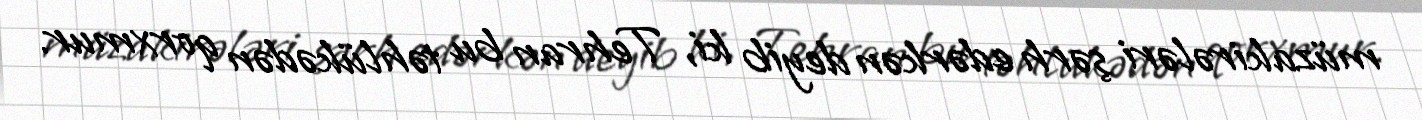
müzakirələri şərh edərkən deyib ki, Tehran bu təhlükədən qorxmur.